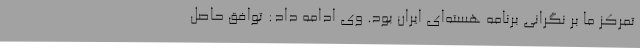
تمرکز ما بر نگرانی برنامه هسته‌ای ایران بود. وی ادامه داد: توافق حاصل